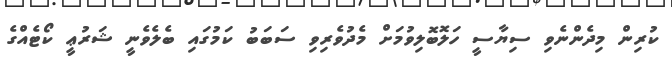
ކުރިން މިދެންނެވި ސިޔާސީ ހަލޮބޮލިވުމަށް މެދުވެރިވި ސަބަބު ކަމުގައި ބެލެވެނީ ޝަރުޢީ ކޯޓެއްގެ